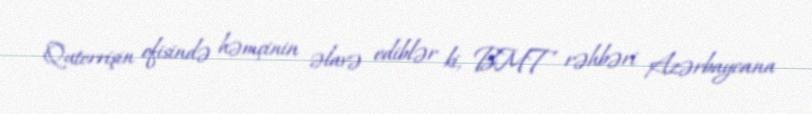
Quterrişin ofisində həmçinin əlavə ediblər ki, BMT rəhbəri Azərbaycana